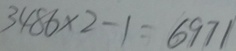
3 4 8 6 \times 2 - 1 = 6 9 7 1